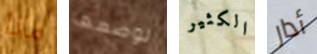
ماذا لوضعها الكثير أدار